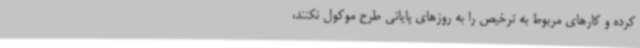
کرده و کارهای مربوط به ترخیص را به روزهای پایانی طرح موکول نکنند،